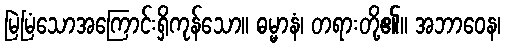
မြဲမြံသောအကြောင်းရှိကုန်သော။ ဓမ္မာနံ၊ တရားတို့၏။ အဘာဝေန၊